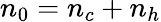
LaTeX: n_{0}=n_{c}+n_{h}